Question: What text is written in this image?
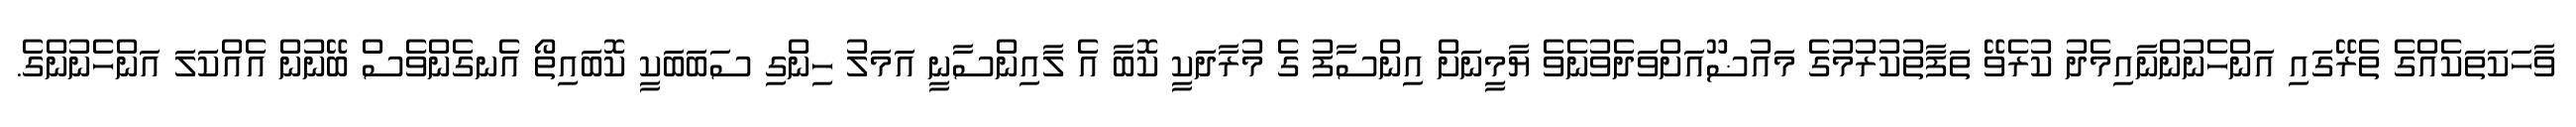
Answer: ވާހަކަތަކެއްގެ ތެރޭގައި އަންހެނުންނާއިމެދު ކުރެވޭ ތަފާތުކުރުމުގެ މައުޟޫއަށްވަދެވުނެވެ ޔާމީނަށް އިންސާފު ގެ މުރާދަކީ ކޮބާ އެ ލާއިންސާނީ އަމަލު ހިންގި ސަބަބަކީ ކޮބައިތޯ އެނގެންވެސް ބޭނުން އެއްކަލަ އަންހެނުންގެ.